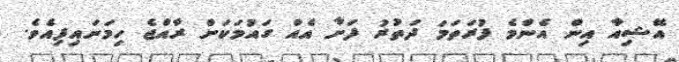
އޭޝިއާ އިން އެންމެ ފުރަތަމަ ދަތުރު ފަށާ އެއް ގައުމަކަށް ރާއްޖެ ހިމަނައިފިއެވެ.